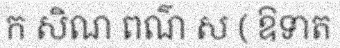
ក សិណ ពណ៌ ស ( ឱទាត